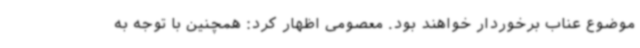
موضوع عناب برخوردار خواهند بود. معصومی اظهار کرد: همچنین با توجه به